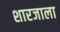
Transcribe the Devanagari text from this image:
शारजाला